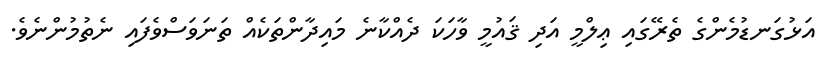
އަޅުގަނޑުމެންގެ ތެރޭގައި ޢިލްމީ އަދި ޤައުމީ ވާހަކަ ދެއްކާނެ މައިދާންތަކެއް ތަނަވަސްވެފައި ނެތުމުންނެވެ.